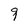
Character: 9